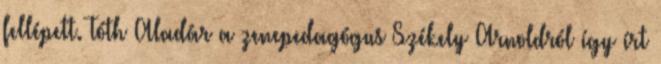
fellépett. Tóth Aladár a zenepedagógus Székely Arnoldról így írt